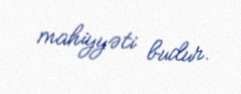
mahiyyəti budur.